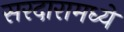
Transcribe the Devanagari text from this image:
सरदारामध्ये